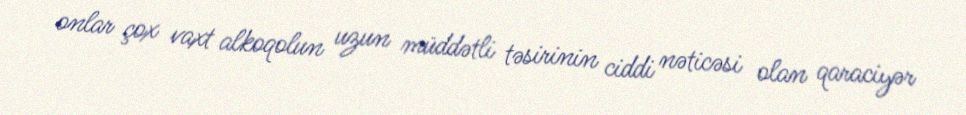
onlar çox vaxt alkoqolun uzun müddətli təsirinin ciddi nəticəsi olan qaraciyər